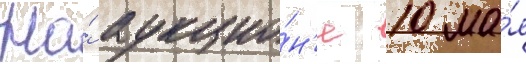
На́ аукцио́н'е 10 ма́я